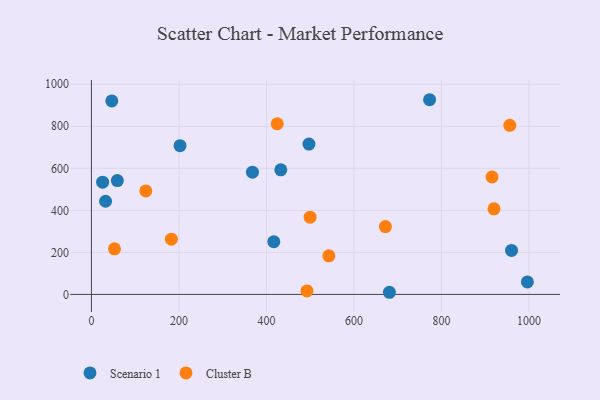
{"axis": {"x": "Ad Spend", "y": "Salary"}, "legend": ["Cluster B", "Scenario 1"], "data": [{"x": "368.0", "y": 581.8, "type": "Scenario 1"}, {"x": "497.1", "y": 715.3, "type": "Scenario 1"}, {"x": "416.8", "y": 250.8, "type": "Scenario 1"}, {"x": "59.2", "y": 541.8, "type": "Scenario 1"}, {"x": "202.5", "y": 707.5, "type": "Scenario 1"}, {"x": "772.8", "y": 926.4, "type": "Scenario 1"}, {"x": "32.3", "y": 443.2, "type": "Scenario 1"}, {"x": "681.0", "y": 10.1, "type": "Scenario 1"}, {"x": "25.6", "y": 533.9, "type": "Scenario 1"}, {"x": "46.5", "y": 920.9, "type": "Scenario 1"}, {"x": "960.1", "y": 209.4, "type": "Scenario 1"}, {"x": "996.3", "y": 59.2, "type": "Scenario 1"}, {"x": "432.8", "y": 593.0, "type": "Scenario 1"}, {"x": "920.0", "y": 407.4, "type": "Cluster B"}, {"x": "182.7", "y": 262.6, "type": "Cluster B"}, {"x": "492.6", "y": 16.7, "type": "Cluster B"}, {"x": "542.7", "y": 183.7, "type": "Cluster B"}, {"x": "52.7", "y": 216.9, "type": "Cluster B"}, {"x": "956.1", "y": 804.7, "type": "Cluster B"}, {"x": "424.6", "y": 812.1, "type": "Cluster B"}, {"x": "499.8", "y": 367.7, "type": "Cluster B"}, {"x": "671.9", "y": 322.6, "type": "Cluster B"}, {"x": "124.3", "y": 492.6, "type": "Cluster B"}, {"x": "915.5", "y": 558.7, "type": "Cluster B"}]}